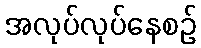
အလုပ်လုပ်နေစဉ်